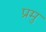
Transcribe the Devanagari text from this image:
प्रमु